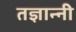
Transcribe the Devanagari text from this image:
तज्ञान्नी